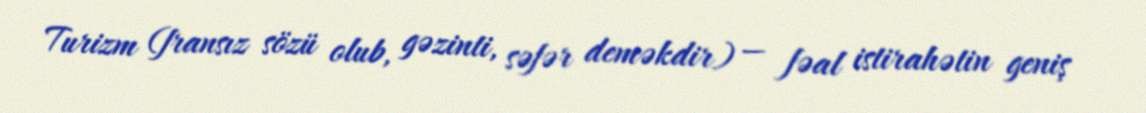
Turizm (fransız sözü olub, gəzinti, səfər deməkdir) — fəal istirahətin geniş